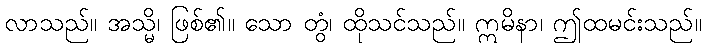
လာသည်။ အသ္မိ၊ ဖြစ်၏။ သော တွံ၊ ထိုသင်သည်။ ဣမိနာ၊ ဤထမင်းသည်။